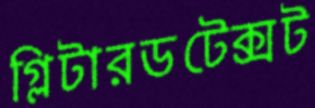
গ্লিটারডটেক্সট